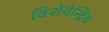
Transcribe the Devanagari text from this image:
विशेयेन्द्रिय